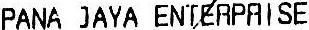
PANA JAYA ENTERPRISE